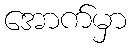
အောက်မှာ